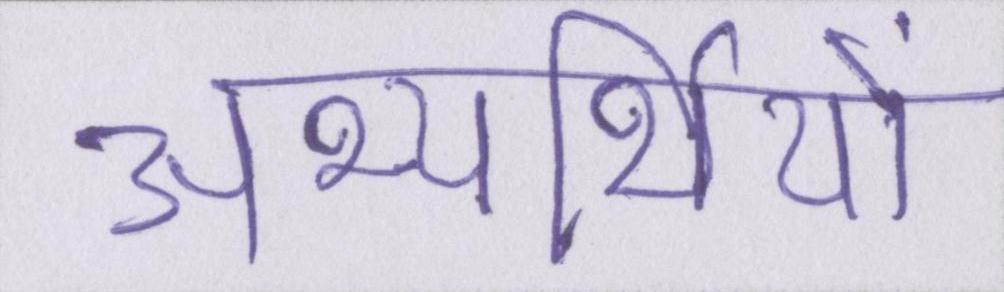
अभ्यर्थियों